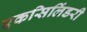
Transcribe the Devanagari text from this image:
एकसिलिंडरी